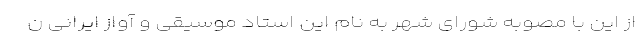
از این با مصوبه شورای شهر به نام این استاد موسیقی و آواز ایرانی ن